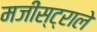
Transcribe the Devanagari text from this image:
मजीस्ट्राले